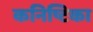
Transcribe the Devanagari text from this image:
कनिष्टिका